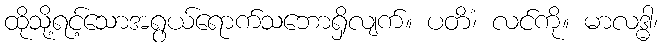
ထိုသို့ရင့်သောအရွယ်ရောက်သဘောရှိလျက်။ ပတိံ၊ လင်ကို။ မာလဒ္ဓါ၊